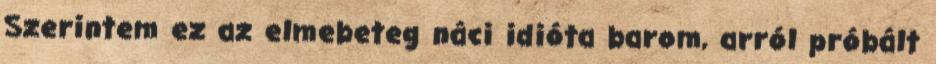
Szerintem ez az elmebeteg náci idióta barom, arról próbált